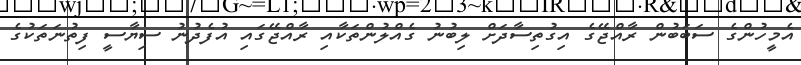
އެމީހުންގެ ސަބަބުން ރާއްޖޭގެ އިގުތިސާދަށް ލިބުނު ގެއްލުންތަކާއި ރާއްޖޭގައި އުފެދުނު ސިޔާސީ ފިތުނަތަކުގެ